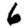
Digit: 6